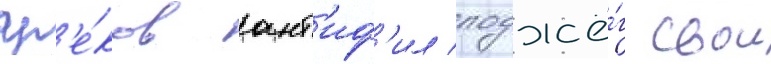
гр'е́ков ант'иф'ил поджё́г свои